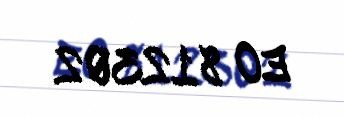
EO 812302